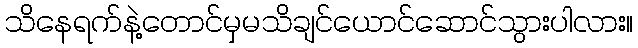
သိနေရက်နဲ့တောင်မှမသိချင်ယောင်ဆောင်သွားပါလား။